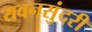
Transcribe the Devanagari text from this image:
यवनसुंदरी